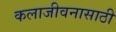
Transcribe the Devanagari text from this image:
कलाजीवनासाठी